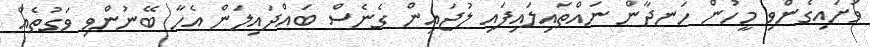
ވަށައިގެންވި މީހުން ހަނދާން ނައްތައިލައިފައި ލުޖައިން ގެނެސް ބައްދައިލަން އެހާ ބޭނުންވި ވަގުތެއް